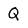
Character: Q